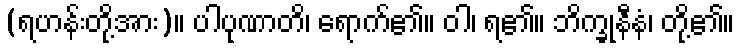
(ရဟန်းတို့အား)။ ပါပုဏာတိ၊ ရောက်၏။ ဝါ၊ ရ၏။ ဘိက္ခုနီနံ၊ တို့၏။